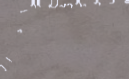
تأسيس و توزيع مواد البناء